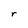
Character: r